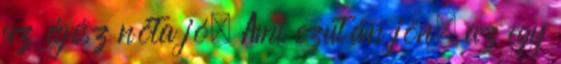
az égész nóta jó. Ami ezután jön, az egy